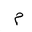
Letter: _mim